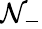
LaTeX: \mathcal{N}_{-}